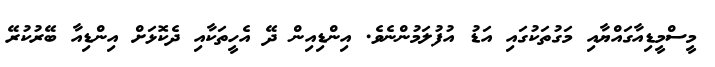
މީސްމީޑިއާގައްޔާއި މަގުތަކުގައި އަޑު އުފުލަމުންނެވެ. އިންޑިއިން ދޭ އެހީތަކާއި ދެކޮޅަށް އިންޑިއާ ބޭރުކުރޭ